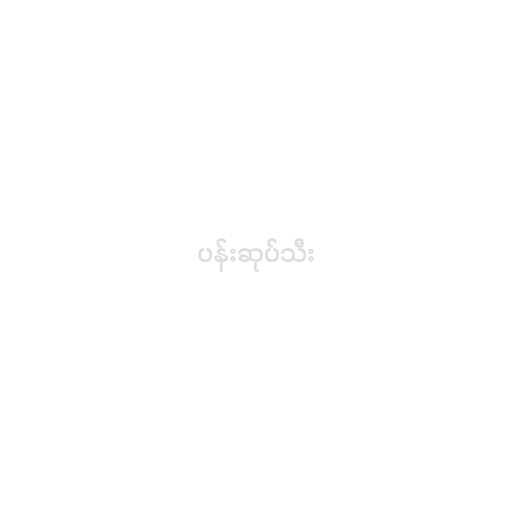
ပန်းဆုပ်သီး